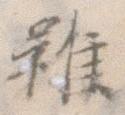
雖